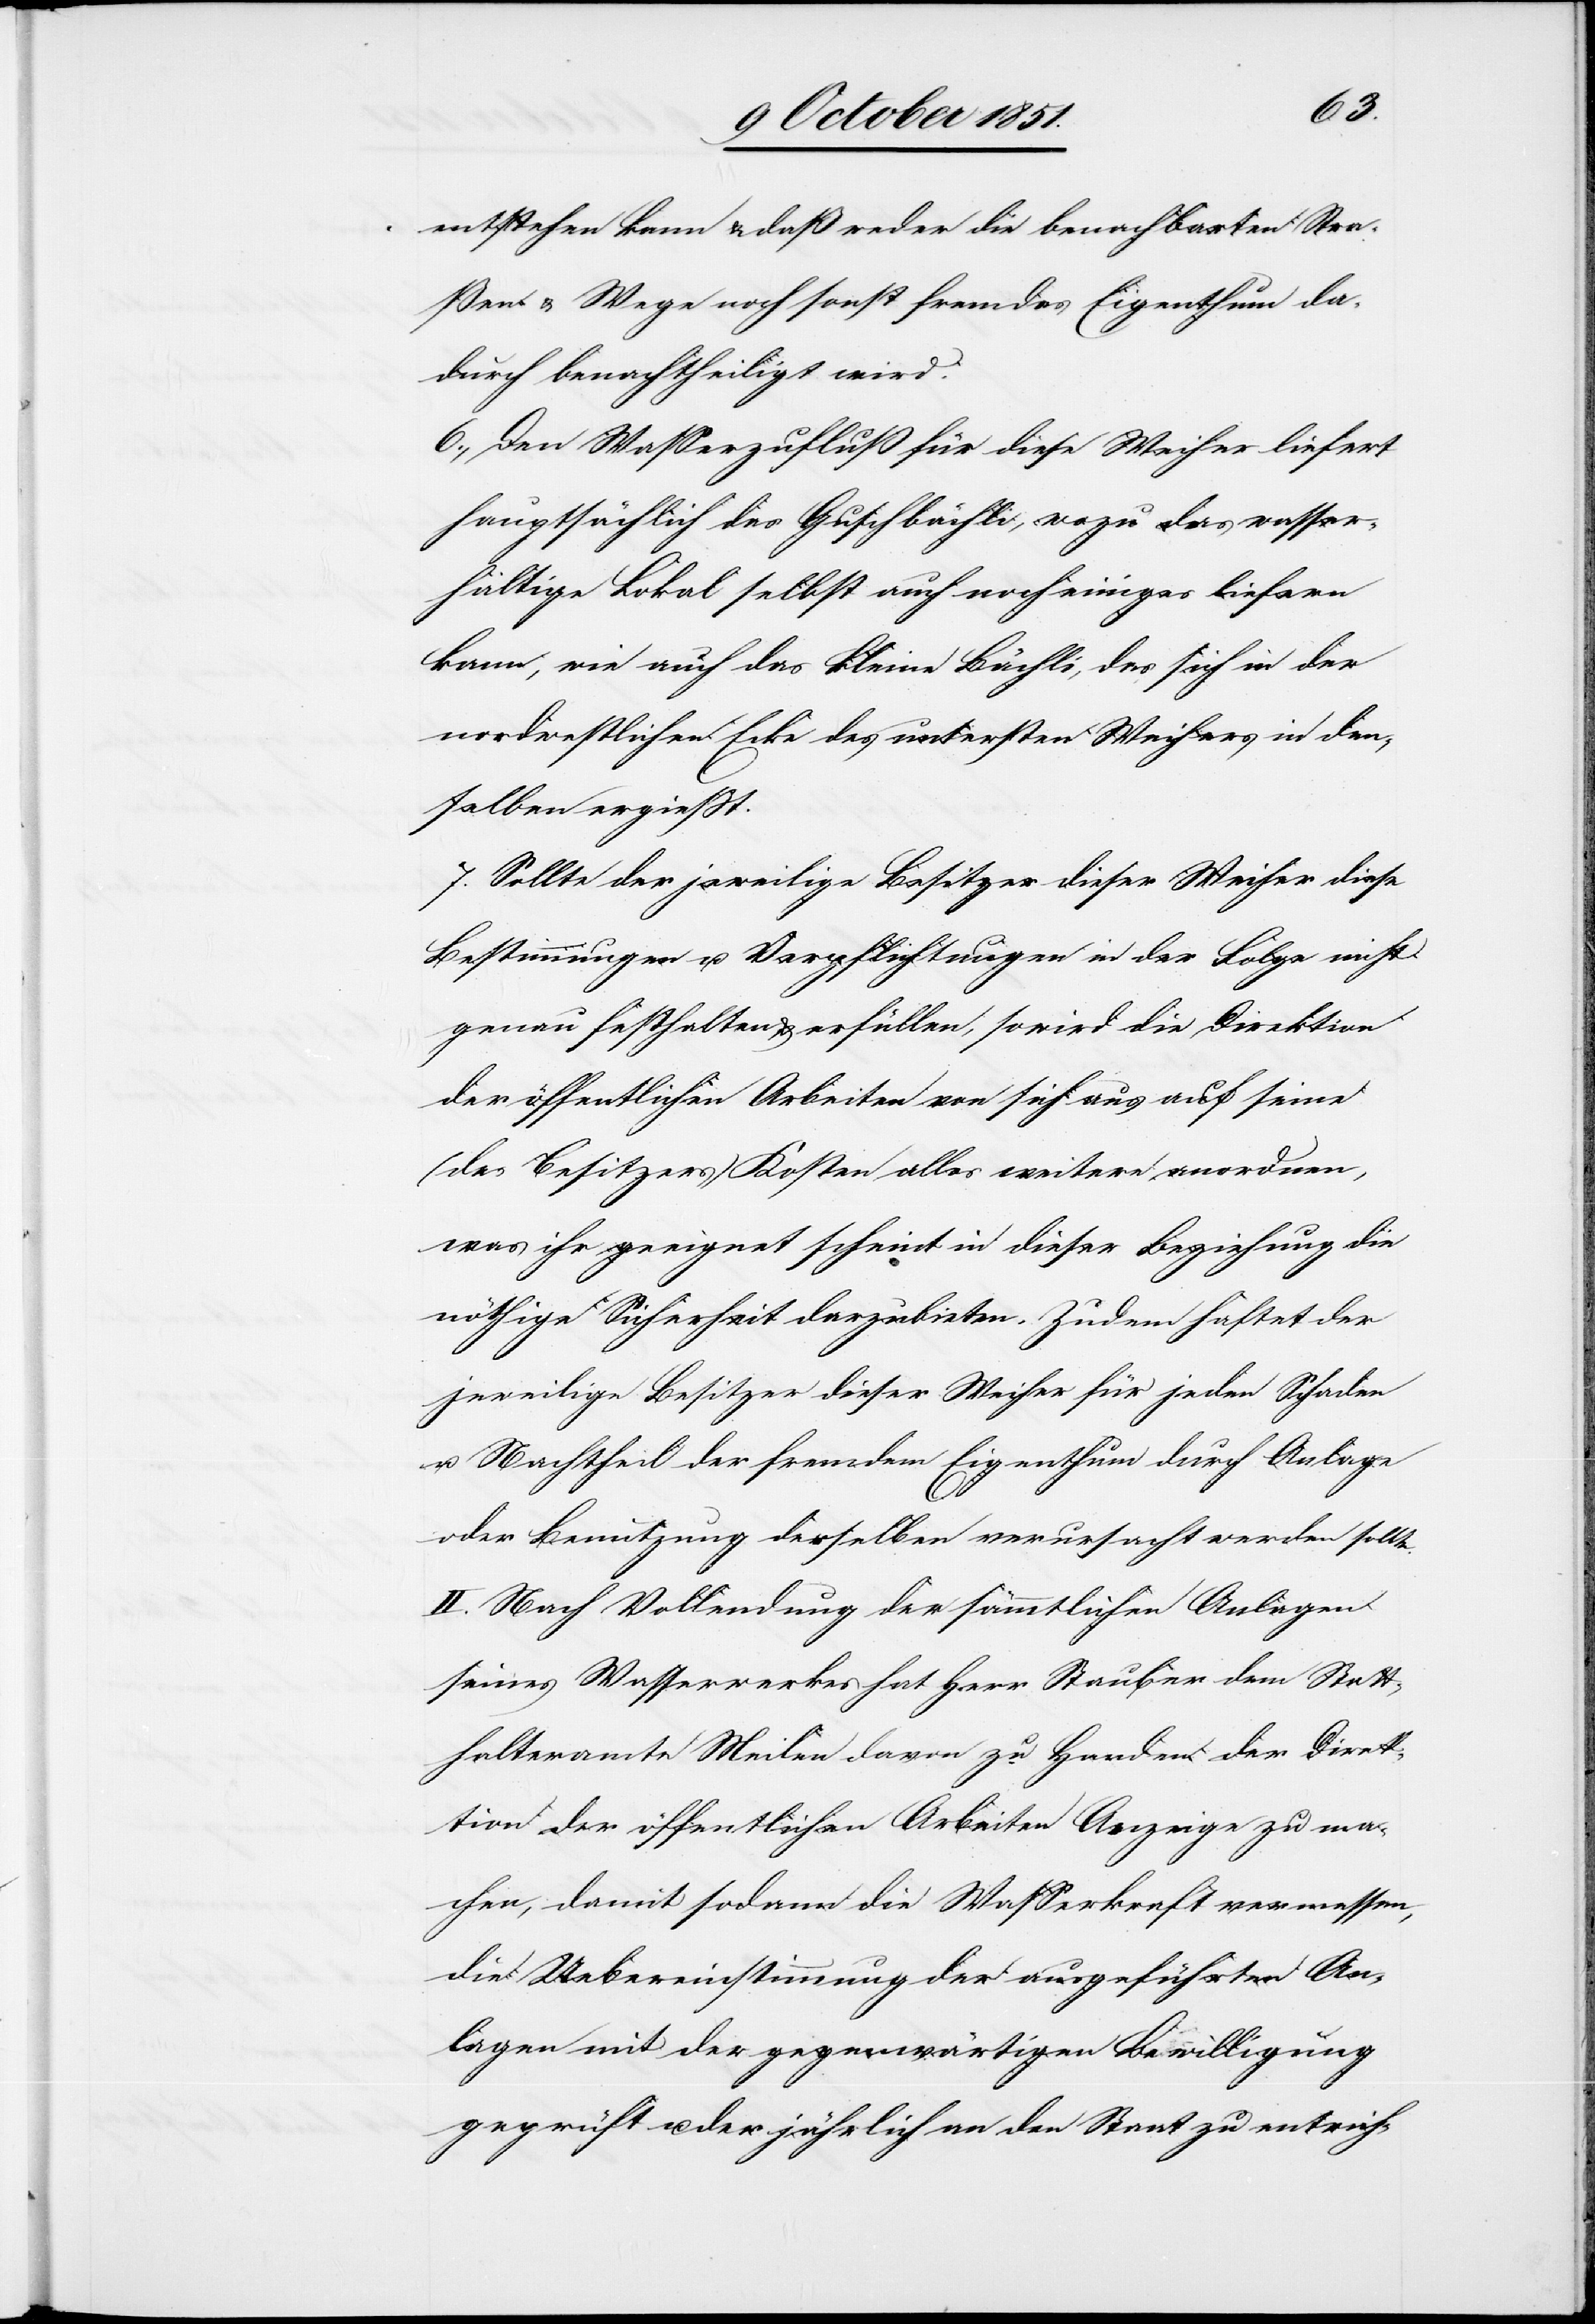
entstehen kann & daß weder die benachbarten Stra¬
ßen & Wege noch sonst fremdes Eigenthum da¬
durch benachtheiligt wird.
6., Den Wasserzufluß für diese Weiher liefert
hauptsächlich das Guschbächli, wozu das wasser¬
haltige Lokal selbst auch noch einiges liefern
kann, wie auch das kleine Bächli, das sich in der
nordwestlichen Ecke des untersten Weihers in den¬
selben ergießt.
7. Sollte der jeweilige Besitzer dieser Weiher diese
Bestimmungen u. Verpflichtungen in der Folge nicht
genau festhalten & erfüllen, so wird die Direktion
der öffentlichen Arbeiten von sich aus auf seine
(des Besitzers) Kosten alles weitere anordnen,
was ihr geeignet scheint in dieser Beziehung die
nöthige Sicherheit darzubieten. Zudem haftet der
jeweilige Besitzer dieser Weiher für jeden Schaden
u. Nachtheil der fremdem Eigenthum durch Anlage
oder Benutzung desselben verursacht werden sollte.
II. Nach Vollendung der sämmtlichen Anlagen
seines Wasserwerkes hat Herr Stauber dem Statt¬
halteramte Meilen davon zu Handen der Direk¬
tion der öffentlichen Arbeiten Anzeige zu ma¬
chen, damit sodann die Wasserkraft vermessen,
die Uebereinstimmung der ausgeführten An¬
lagen mit der gegenwärtigen Bewilligung
geprüft u. der jährlich an den Staat zu entrich-